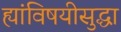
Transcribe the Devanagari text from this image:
ह्यांविषयीसुद्धा